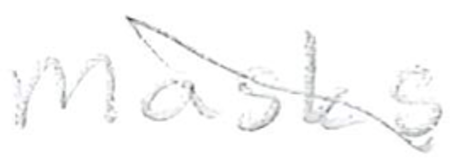
Text: masks
Cross-out: diagonal
Writing tool: pencil